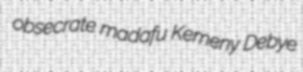
obsecrate madafu Kemeny Debye